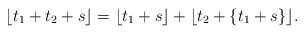
LaTeX: \begin{align*} \lfloor t_1+t_2+s\rfloor =\lfloor t_1+s\rfloor +\lfloor t_2+\{t_1+s\}\rfloor . \end{align*}